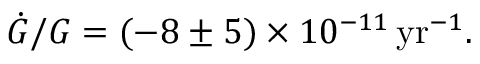
\dot { G } / G = ( - 8 \pm 5 ) \times 1 0 ^ { - 1 1 } \, \mathrm { y r } ^ { - 1 } .